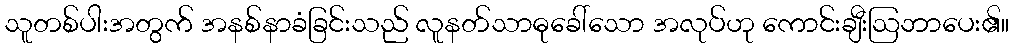
သူတစ်ပါးအတွက် အနစ်နာခံခြင်းသည် လူနတ်သာဓုခေါ်သော အလုပ်ဟု ကောင်းချီးဩဘာပေး၏။